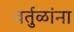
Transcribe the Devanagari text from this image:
वर्तुळांना